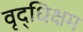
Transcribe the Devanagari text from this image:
वृद्धिक्षम